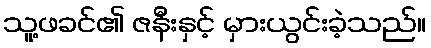
သူ့ဖခင်၏ ဇနီးနှင့် မှားယွင်းခဲ့သည်။